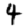
Digit: 4